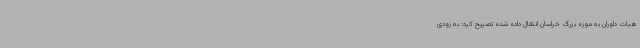
هیات داوران به موزه بزرگ خراسان انتقال داده شده تصریح کرد: به زودی